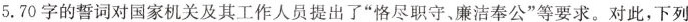
5.70字的誓词对国家机关及其工作人员提出了”恪尽职守、廉洁奉公”等要求。对此，下列